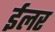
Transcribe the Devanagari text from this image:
ईलर